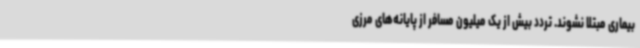
بیماری مبتلا نشوند. تردد بیش از یک میلیون مسافر از پایانه‌های مرزی